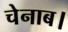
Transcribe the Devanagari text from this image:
चेनाब।